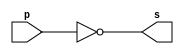
// ------------------------- 
// Exemplo0002 - buffer 
// Nome: Eduardo Manoel de Paula Junior
// ------------------------- 

// ------------------------- 
// -- not gate 
// ------------------------- 
module notgate (output s, input p); 
	assign s = ~p; 
endmodule // notgate 
// ------------------------- 
// -- test not gate 
// ------------------------- 
module testnotgate; 
// ------------------------- dados locais 
	reg a; // definir registrador 
// (variavel independente) 
	wire s; // definir conexao (fio) 
// (variavel dependente ) 
// ------------------------- instancia 
	notgate NOT1 (s, a); 
// ------------------------- preparacao 
	initial begin:start 
		a=0; 
	end 
// ------------------------- parte principal 
	initial begin 
		$display("Exemplo0002 - Eduardo Manoel - 427396"); 
		$display("Test NOT gate"); 
		$display("\n~a = s\n"); 
		a=0; 
		#1 $display("~%b = %b", a, s); 
		a=1; 
		#1 $display("~%b = %b", a, s); 
	end 
endmodule // testnotgate